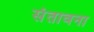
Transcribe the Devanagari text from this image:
संतावना